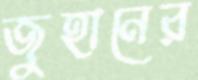
জুহানের